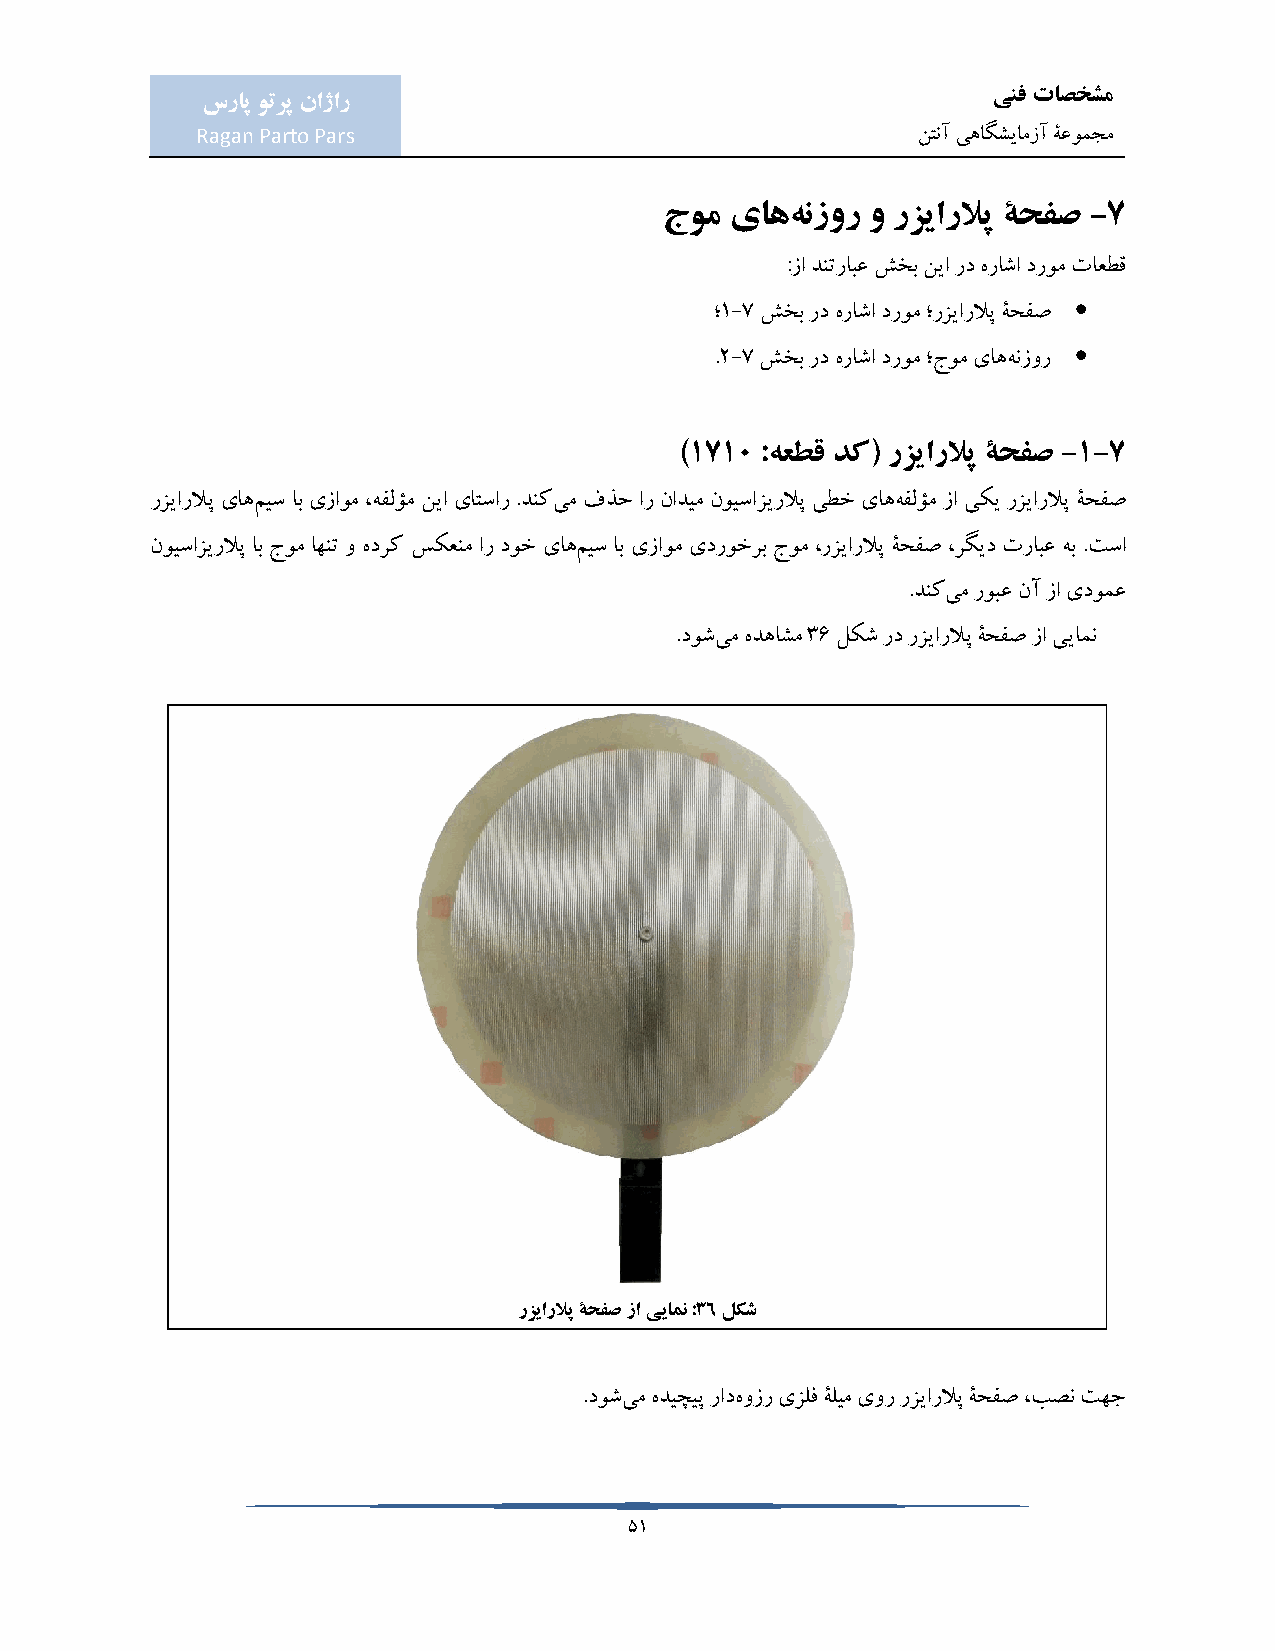
ینف تاصخشم
 سراپ وترپ ناژار
 Ragan Parto Pars                                نتنآ یهاگشیامزآ ۀعومجم
 جوم یاههنزور  و رزیارلاپ ۀحفص -7
 :زا دنترابع شخب نیا رد هراشا دروم تاعطق
 
 ؛1-7 شخب رد هراشا دروم ؛رزیارلاپ ۀحفص
 
 .2-7 شخب رد هراشا دروم ؛جوم یاههنزور
 )1710 :هعطق دک( رزیارلاپ ۀحفص -1-7
 رزیارلاپ یاهمیس اب یزاوم ،هفلؤم نیا یاتسار .دنکیم فذح ار نادیم نویسازیرلاپ یطخ یاههفلؤم زا یکی رزیارلاپ ۀحفص
 نویسازیرلاپ اب جوم اهنت و هدرک سکعنم ار دوخ یاهمیس اب یزاوم یدروخرب جوم ،رزیارلاپ ۀحفص ،رگید ترابع هب .تسا
 .دنکیم روبع نآ زا یدومع
 .دوشیم هدهاشم 36 لکش رد رزیارلاپ ۀحفص زا ییامن
 رزیارلاپ ۀحفص زا ییامن :36 لکش
 .دوشیم هدیچیپ رادهوزر یزلف ۀلیم یور رزیارلاپ ۀحفص ،بصن تهج
 51